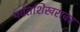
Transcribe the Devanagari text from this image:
पर्वतशिखरावर